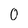
Character: 0